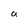
Character: a